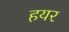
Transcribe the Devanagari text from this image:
हयर